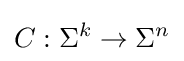
C:\Sigma ^{k}\to \Sigma ^{n}